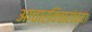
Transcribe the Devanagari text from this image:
आचारविचारांच्या